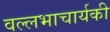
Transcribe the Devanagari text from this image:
वल्लभाचार्यकी